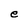
Character: e